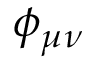
\phi _ { \mu \nu }